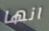
انها